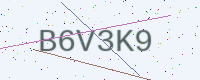
Text: B6V3K9